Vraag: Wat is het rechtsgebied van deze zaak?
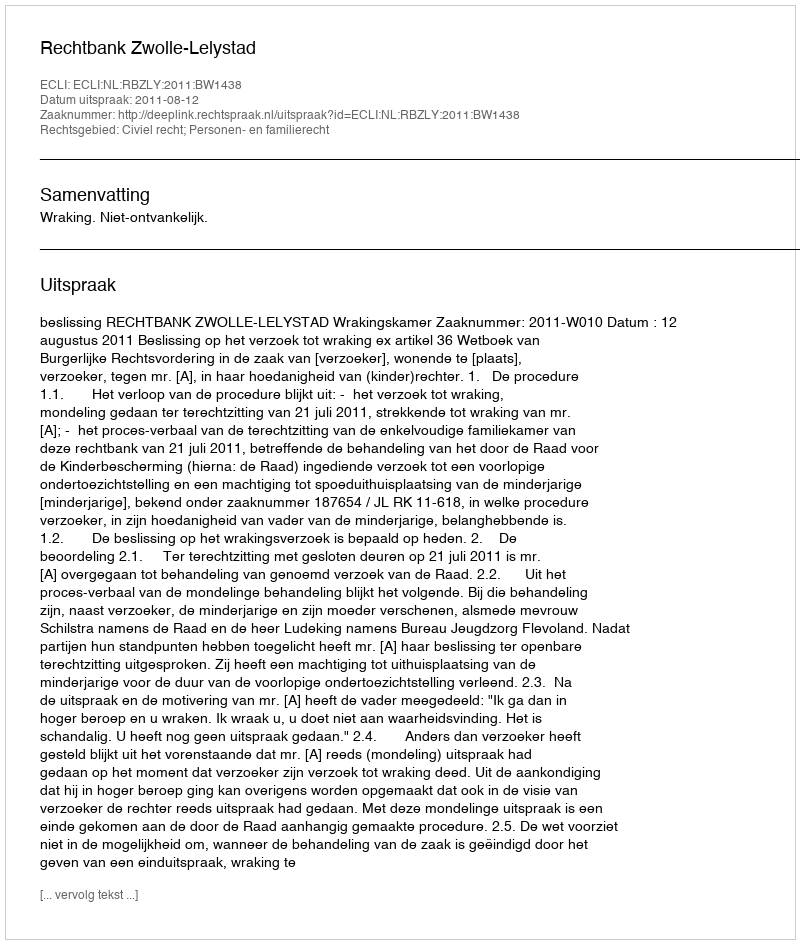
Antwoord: Civiel recht; Personen- en familierecht